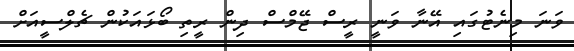
ވަނަ މިނެޓުގައި އޭނާ ވަނީ ރީސް ޖޭމްސް ދިން ރީތި ބޯޅައަކުން ޗެލްސީއަށް